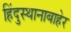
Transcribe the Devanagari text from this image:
हिंदुस्थानाबाहेर